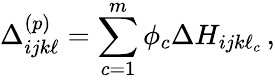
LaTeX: \Delta_{ijk\ell}^{(p)}=\sum_{c=1}^{m}\phi_{c}\Delta H_{ijk\ell_{c}}\, ,